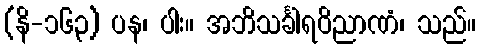
(နိ-၁၆၃) ပန၊ ပါး။ အဘိသင်္ခါရဝိညာဏံ၊ သည်။